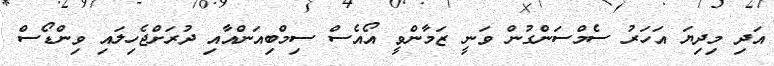
އަދި މިދިޔަ އަހަރު ސެމްސަންގުން ވަނީ ޒަމާންވީ އޯއެސް ސިމްބިއަންއާއި ދުރަށްޖެހިލައި ވިންޑޯސް